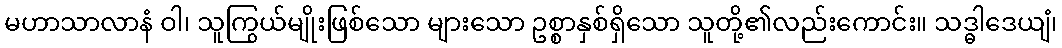
မဟာသာလာနံ ဝါ၊ သူကြွယ်မျိုးဖြစ်သော များသော ဥစ္စာနှစ်ရှိသော သူတို့၏လည်းကောင်း။ သဒ္ဓါဒေယျံ၊